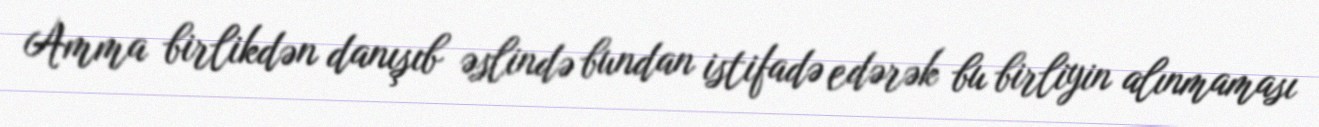
Amma birlikdən danışıb əslində bundan istifadə edərək bu birliyin alınmaması